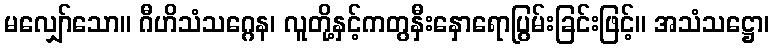
မလျှော်သော။ ဂီဟိသံသဂ္ဂေန၊ လူတို့နှင့်ကတွနှီးနှောရောပြွမ်းခြင်းဖြင့်။ အသံသဋ္ဌော၊